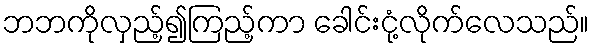
ဘဘကိုလှည့်၍ကြည့်ကာ ခေါင်းငုံ့လိုက်လေသည်။